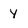
Character: y